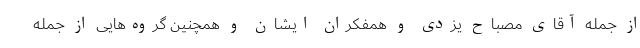
از جمله آقای مصباح یزدی و همفکران ایشان و همچنین گروه‌هایی از جمله